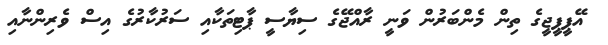
އޭޕީޕީޖީގެ ތިން މެންބަރުން ވަނީ ރާއްޖޭގެ ސިޔާސީ ޕާޓިތަކާއި ސަރުކާރުގެ އިސް ވެރިންނާއި